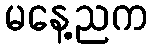
မနေ့ညက